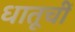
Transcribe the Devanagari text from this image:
धातूचीं